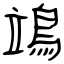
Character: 鴗